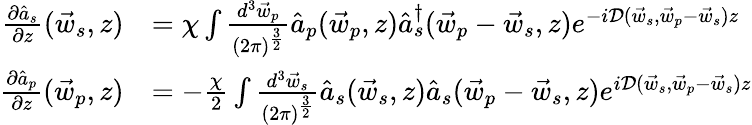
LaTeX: \begin{array}{rl}{\frac{\partial\hat{a}_{s}}{\partial z}(\vec{w}_{s},z)}&{=\chi\int\frac{d^{3}\vec{w}_{p}}{(2\pi)^{\frac{3}{2}}}\hat{a}_{p}(\vec{w}_{p},z)\hat{a}_{s}^{\dagger}(\vec{w}_{p}-\vec{w}_{s},z)e^{-i\mathcal D(\vec{w}_{s},\vec{w}_{p}-\vec{w}_{s})z}}\\ {\frac{\partial\hat{a}_{p}}{\partial z}(\vec{w}_{p},z)}&{=-\frac{\chi}{2}\int\frac{d^{3}\vec{w}_{s}}{(2\pi)^{\frac{3}{2}}}\hat{a}_{s}(\vec{w}_{s},z)\hat{a}_{s}(\vec{w}_{p}-\vec{w}_{s},z)e^{i\mathcal D(\vec{w}_{s},\vec{w}_{p}-\vec{w}_{s})z}}\end{array}